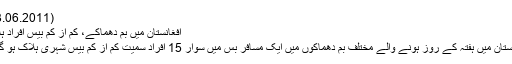
(13.06.2011)
افغانستان میں بم دھماکے، کم از کم بیس افراد ہلاک
افغانستان میں ہفتہ کے روز ہونے والے مختلف بم دھماکوں میں ایک مسافر بس میں سوار 15 افراد سمیت کم از کم بیس شہری ہلاک ہو گئے۔